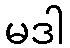
မဒါ